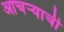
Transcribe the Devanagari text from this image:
आचऱ्याची